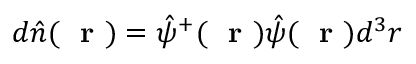
d { \hat { n } } ( \mathrm { ~ \bf ~ r ~ } ) = \hat { \psi } ^ { + } ( \mathrm { ~ \bf ~ r ~ } ) \hat { \psi } ( \mathrm { ~ \bf ~ r ~ } ) d ^ { 3 } r